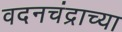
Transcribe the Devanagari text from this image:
वदनचंद्राच्या